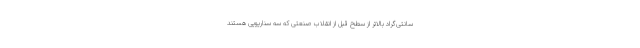
سانتی‌گراد بالاتر از سطح قبل از انقلاب صنعتی که سه سناریویی هستند